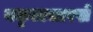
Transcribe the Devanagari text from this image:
यकृतासारखे